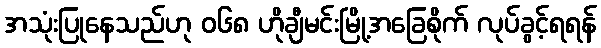
အသုံးပြုနေသည်ဟု ၀၆၈ ဟိုချီမင်းမြို့အခြေစိုက် လုပ်ခွင့်ရရန်